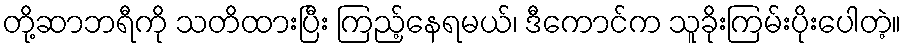
တို့ဆာဘရီကို သတိထားပြီး ကြည့်နေရမယ်၊ ဒီကောင်က သူခိုးကြမ်းပိုးပေါတဲ့။